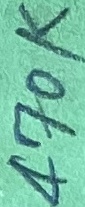
Text: 470K